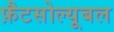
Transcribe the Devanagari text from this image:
फ़ैटसोल्यूबल